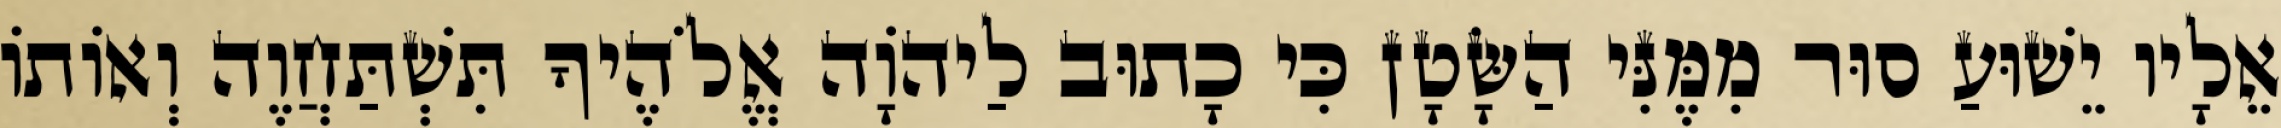
אֵלָיו יֵשׁוּעַ סוּר מִמֶּנִּי הַשָּׂטָן כִּי כָתוּב לַיהוָֹה אֱלֹהֶיךָ תִּשְׁתַּחֲוֶה וְאוֹתוֹ